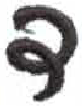
אות: ד